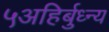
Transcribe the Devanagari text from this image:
५अहिर्बुध्न्य